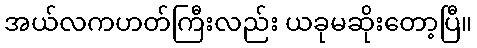
အယ်လကဟတ်ကြီးလည်း ယခုမဆိုးတော့ပြီ။